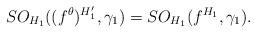
LaTeX: \begin{align*}SO_{H_{1}}((f^{\theta})^{H'_{1}}, \gamma_{1}) = SO_{H_{1}}(f^{H_{1}}, \gamma_{1}).\end{align*}